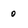
Character: o